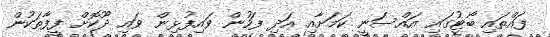
ފައްތައި ބޯޓުގައި އައްސަނީ ކަމަށާއި އަދި ފަހުން ވައިފުޅިން ވައި ދޫކޮށް ފީފާތަކުން